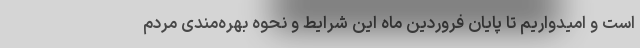
است و امیدواریم تا پایان فروردین ماه این شرایط و نحوه بهره‌مندی مردم